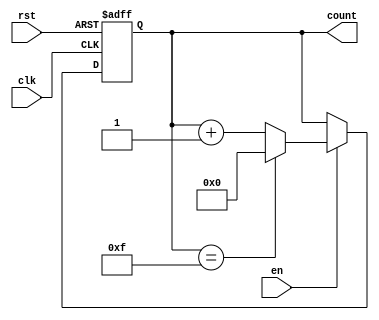
module MemoryBlocksBinaryCounter #(
    parameter WIDTH = 4,       // Number of bits in the counter
    parameter INITIAL_VALUE = 0 // Initial value of the counter
)(
    input wire clk,            // Clock signal
    input wire rst,            // Asynchronous reset signal
    input wire en,             // Enable signal
    output reg [WIDTH-1:0] count // Output count
);

// Calculate the maximum count value
localparam MAX_COUNT = (1 << WIDTH) - 1; // Maximum value based on the width

always @(posedge clk or posedge rst) begin
    if (rst) begin
        count <= INITIAL_VALUE; // Reset to the initial value
    end else if (en) begin
        if (count == MAX_COUNT) begin
            count <= INITIAL_VALUE; // Roll over to the initial value
        end else begin
            count <= count + 1; // Increment the counter
        end
    end
end

endmodule